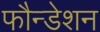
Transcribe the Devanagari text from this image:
फौन्डेशन